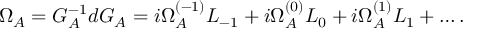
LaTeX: \Omega _ { \cal A } = G _ { \cal A } ^ { - 1 } d G _ { \cal A } = i \Omega _ { \cal A } ^ { ( - 1 ) } L _ { - 1 } + i \Omega _ { \cal A } ^ { ( 0 ) } L _ { 0 } + i \Omega _ { \cal A } ^ { ( 1 ) } L _ { 1 } + \ldots .